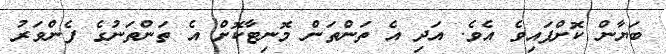
ބަޔާން ކޮށްފައިވެ އެވެ. އަދި އެ ތަންތަން މޮނިޓާކޮށް އެ ތަންތަނުގެ ފެންވަރު